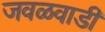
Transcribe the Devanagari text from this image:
जवळवाडी